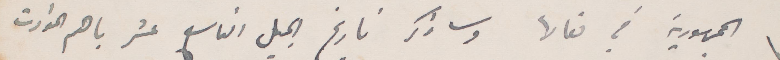
الجمهورية في  تعالها وساذكر تاريخ الجيل التاسع عشر باهم الحوداث